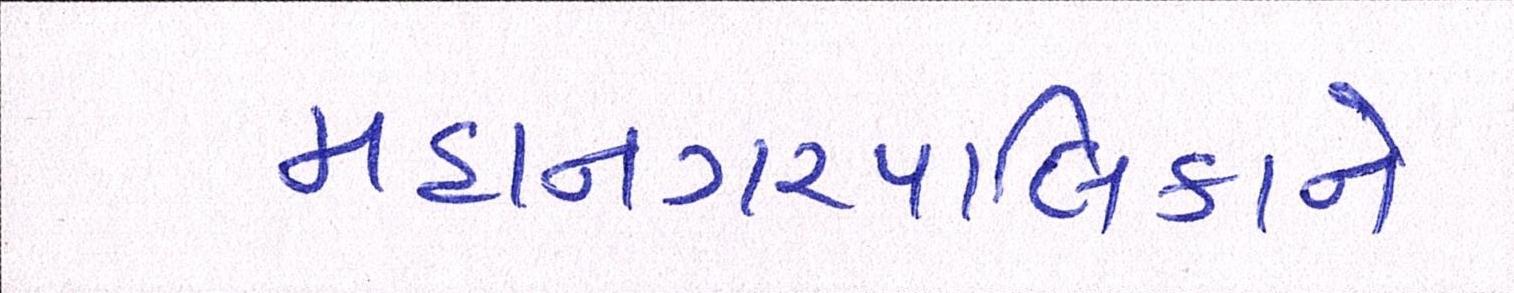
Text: મહાનગરપાલિકાને